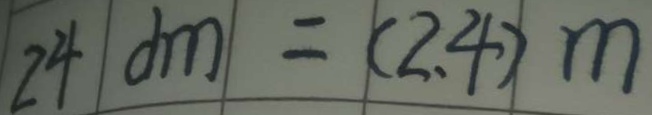
2 4 d m = ( 2 . 4 ) m